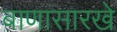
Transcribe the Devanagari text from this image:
बाणासारखे